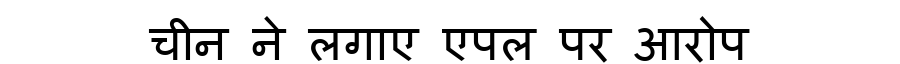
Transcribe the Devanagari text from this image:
चीन ने लगाए एपल पर आरोप